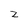
Character: z